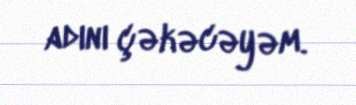
adını çəkəcəyəm.